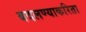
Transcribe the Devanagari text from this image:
बदलण्याकरिता